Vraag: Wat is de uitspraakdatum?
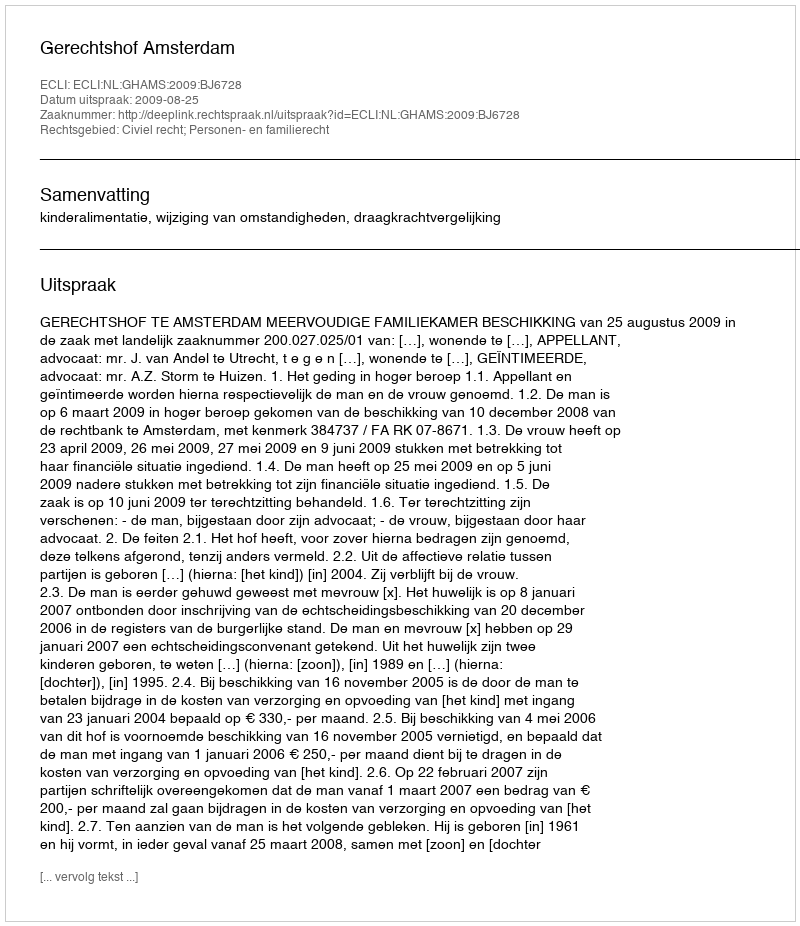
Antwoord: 2009-08-25